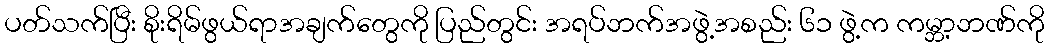
ပတ်သက်ပြီး စိုးရိမ်ဖွယ်ရာအချက်တွေကို ပြည်တွင်း အရပ်ဘက်အဖွဲ့အစည်း ၆၁ ဖွဲ့က ကမ္ဘာ့ဘဏ်ကို